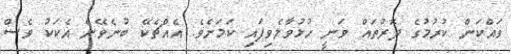
ވައްކަން ކުރުމުގެ ދޮރުތައް ވަނީ ހުޅުވާލެވިފައި ކަމަށެވެ. އެއްޗެކޭ ބުނެވޭނެ އެކަކު ވެސް